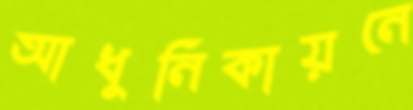
আধুনিকায়নে